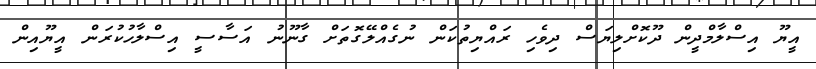
އީޔޫ އިސްލާމްދީން ދޫކޮށްލިޔަސް ދިވެހި ރައްޔިތުކަން ނުގެއްލޭގޮތަށް ގާނޫނު އަސާސީ އިސްލާހުކުރަން އީޔޫއިން